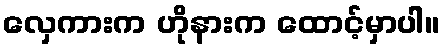
လှေကားက ဟိုနားက ထောင့်မှာပါ။